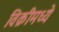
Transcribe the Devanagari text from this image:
विक्रीमध्ये